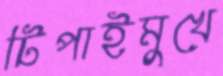
টিপাইমুখে